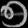
Digit: ၅